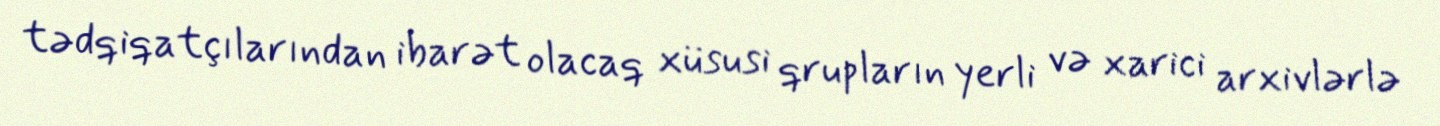
tədqiqatçılarından ibarət olacaq xüsusi qrupların yerli və xarici arxivlərlə